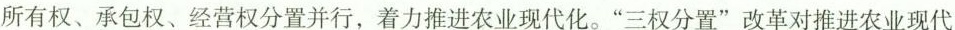
所有权、承包权、经营权分置并行，着力推进农业现代化。”三权分置”改革对推进农业现代